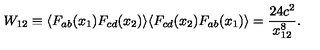
W _ { 1 2 } \equiv \langle F _ { a b } ( x _ { 1 } ) F _ { c d } ( x _ { 2 } ) \rangle \langle F _ { c d } ( x _ { 2 } ) F _ { a b } ( x _ { 1 } ) \rangle = \frac { 2 4 c ^ { 2 } } { x _ { 1 2 } ^ { 8 } } .